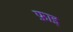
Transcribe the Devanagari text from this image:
फ़ाइ